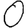
Digit: 0